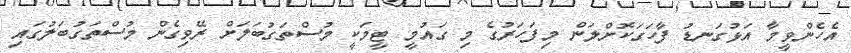
އެހެންވީމާ އަޅުގަނޑު ފާހަގަކޮށްލަން މިފަހަރުގެ މި ގައުމީ ޓީމަކީ މުސްތަގުބަލަށް ރޭވިގެން މުސްތަގުބަލުގައި